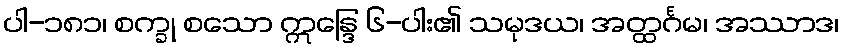
ပါ-၁၈၁၊ စက္ခု စသော ဣန္ဒြေ ၆-ပါး၏ သမုဒယ၊ အတ္ထင်္ဂမ၊ အဿာဒ၊